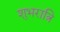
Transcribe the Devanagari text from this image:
शुभरात्रि